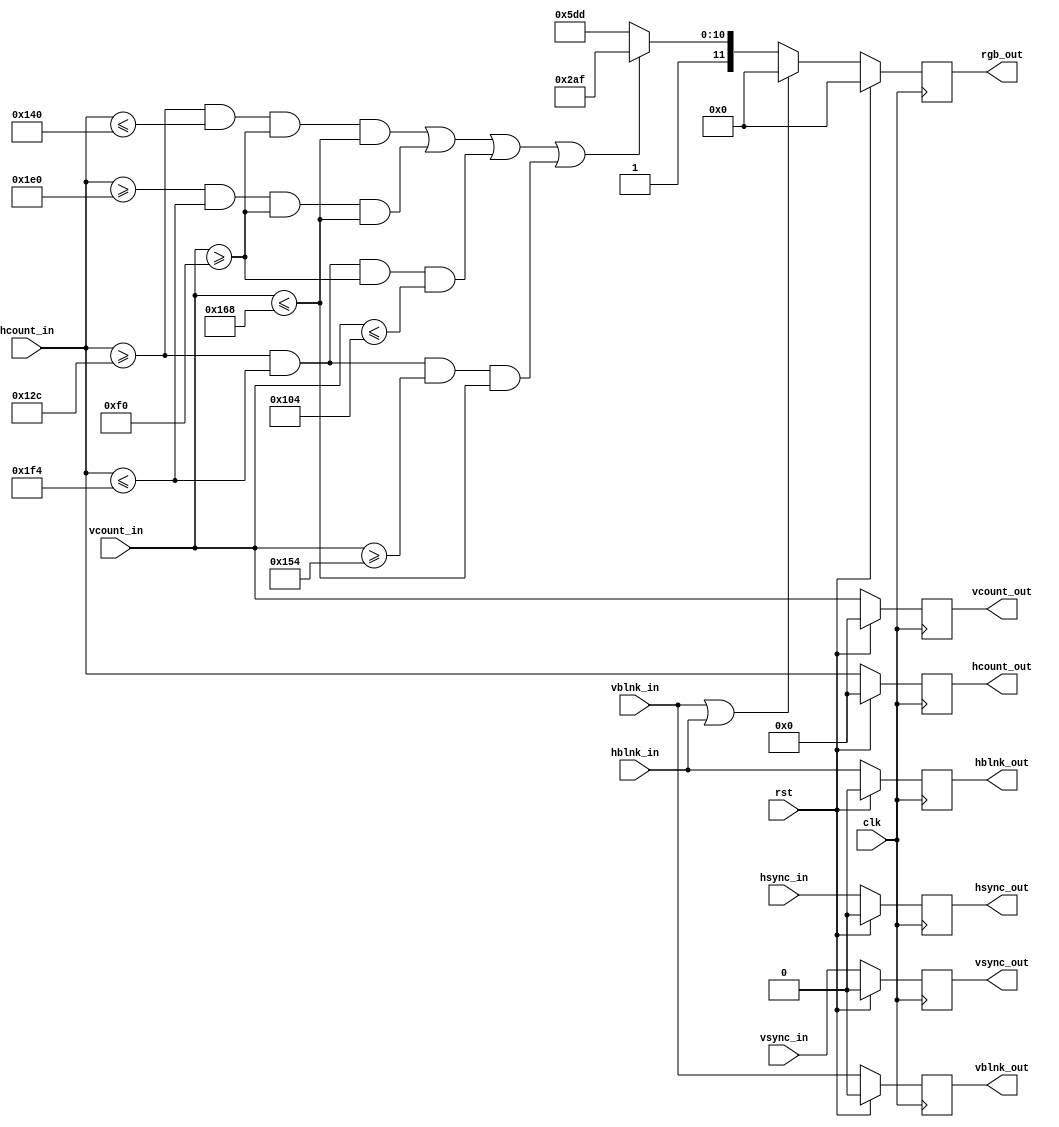
`timescale 1ns / 1ps
//////////////////////////////////////////////////////////////////////////////////
// Company: 
// Engineer: 
// 
// Design Name: 
// Module Name: draw_end_background
// Project Name: 
// Target Devices: 
// Tool Versions: 
// Description: 
// 
// Dependencies: 
// 
// Revision:
// Revision 0.01 - File Created
// Additional Comments:
// 
//////////////////////////////////////////////////////////////////////////////////


module draw_end_background (
  input wire [10:0] vcount_in,
  input wire vsync_in,
  input wire vblnk_in,
  input wire [10:0] hcount_in,
  input wire hsync_in,
  input wire hblnk_in,
  input wire clk,
  input wire rst,
  
  output reg [10:0] vcount_out,
  output reg vsync_out,
  output reg vblnk_out,
  output reg [10:0] hcount_out,
  output reg hsync_out,
  output reg hblnk_out,
  output reg [11:0] rgb_out
  );
  
  reg [11:0] rgb_out_nxt;
       
  always @(posedge clk)
    begin
        if(rst)begin
            vcount_out <= 0;
            hcount_out <= 0;
                
            vsync_out <= 0;
            vblnk_out <= 0;
            hsync_out <= 0;
            hblnk_out <= 0;
                
            rgb_out <= 0;
        end
        else begin
            vcount_out <= vcount_in;
            hcount_out <= hcount_in;
                
            vsync_out <= vsync_in;
            vblnk_out <= vblnk_in;                
            hsync_out <= hsync_in;
            hblnk_out <= hblnk_in;
                
            rgb_out <= rgb_out_nxt;
         end
    end
    
    always @*
        begin
            // During blanking, make it it black.
            if (vblnk_in || hblnk_in) rgb_out_nxt <= 12'h0_0_0; 
            
            else if (((hcount_in>=300) && (hcount_in<=320) && (vcount_in>=240) && (vcount_in<=360)) 
                      || ((hcount_in>=480) && (hcount_in<=500) && (vcount_in>=240) && (vcount_in<=360))
                      || ((hcount_in>=300) && (hcount_in<=500) && (vcount_in>=240) && (vcount_in<=260))
                      || ((hcount_in>=300) && (hcount_in<=500) && (vcount_in>=340) && (vcount_in<=360)))
                      rgb_out_nxt <= 12'ha_a_f;
                            
                            
              else rgb_out_nxt <= 12'hd_d_d;
            
        end     
endmodule